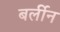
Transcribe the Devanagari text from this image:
बर्लीन